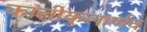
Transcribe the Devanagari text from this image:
कालीकुलार्णव